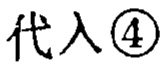
代入 \textcircled{4}